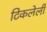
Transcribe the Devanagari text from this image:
टिकलेली